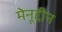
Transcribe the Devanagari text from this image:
मेनूद्दीन